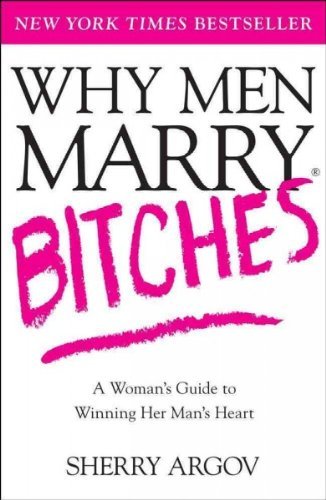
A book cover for Why Men Marry Bitches: A Woman's Guide to Winning Her Man's Heart; Sherry Argov; Parenting & Relationships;